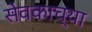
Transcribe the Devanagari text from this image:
सेवकाच्या